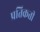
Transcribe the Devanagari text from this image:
प्रतिक्रती